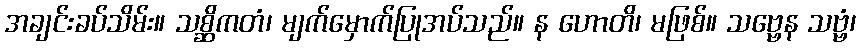
အချင်းခပ်သိမ်း။ သစ္ဆိကတံ၊ မျက်မှောက်ပြုအပ်သည်။ န ဟောတိ၊ မဖြစ်။ သဗ္ဗေန သဗ္ဗံ၊